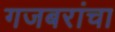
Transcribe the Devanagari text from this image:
गजबरांचा